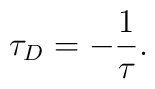
\tau_D=-{1\over \tau}.